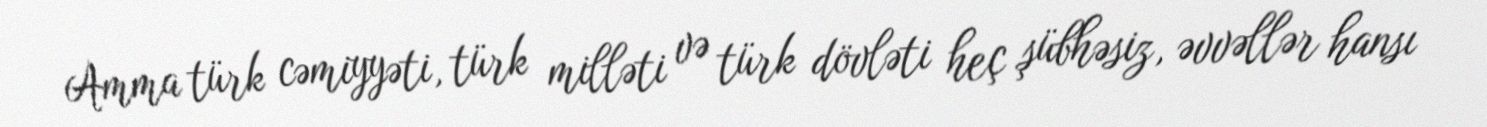
Amma türk cəmiyyəti, türk milləti və türk dövləti heç şübhəsiz, əvvəllər hansı